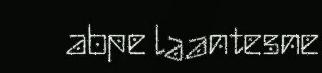
abpe laantesne